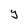
Character: y